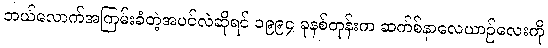
ဘယ်လောက်အကြမ်းခံတဲ့အပင်လဲဆိုရင် ၁၉၉၄ ခုနစ်တုန်းက ဆက်စ်နာလေယာဉ်လေးကို